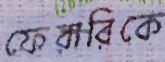
ফেরারিকে